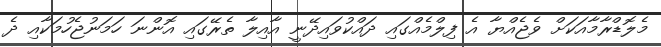
މެލޮޑްރާމާއަކަށް ވެޖެއްޔާ އެ ފިލްމެއްގައި ދައްކުވައިދޭނީ އާއިލާ ތެރޭގައި އޮންނަ ހަމަނުޖެހުމަކާއި ދެ